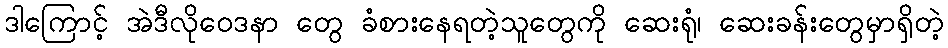
ဒါကြောင့် အဲဒီလိုဝေဒနာ တွေ ခံစားနေရတဲ့သူတွေကို ဆေးရုံ၊ ဆေးခန်းတွေမှာရှိတဲ့